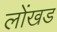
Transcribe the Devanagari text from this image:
लोंखड